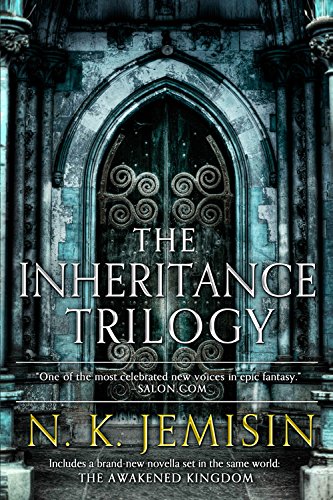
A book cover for The Inheritance Trilogy; N. K. Jemisin; Romance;